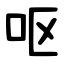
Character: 呕